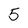
Character: 5